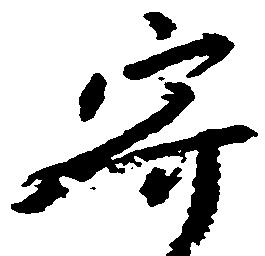
寄